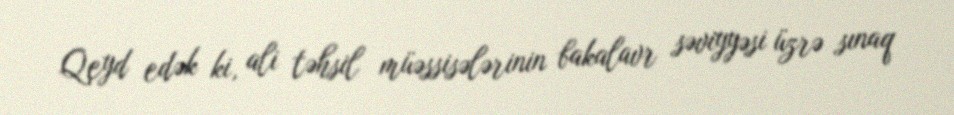
Qeyd edək ki, ali təhsil müəssisələrinin bakalavr səviyyəsi üzrə sınaq